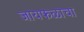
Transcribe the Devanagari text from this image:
जायफळाचा